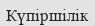
Күпіршілік